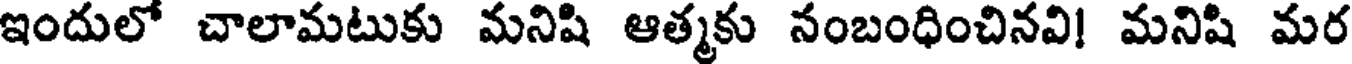
ఇందులో చాలామటుకు మనిషి ఆత్మకు నంబంధించినవి! మనిషి మర